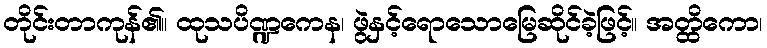
တိုင်းတာကုန်၏။ ထုသပိဏ္ဍကေန၊ ဖွဲနှင့်ရောသောမြေဆိုင်ခဲ့ဖြင့်။ အတ္ထိကော၊